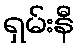
ရှမ်းနီ